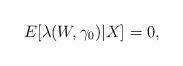
LaTeX: \begin{align*}E[\lambda(W,\gamma_{0})|X]=0, \end{align*}